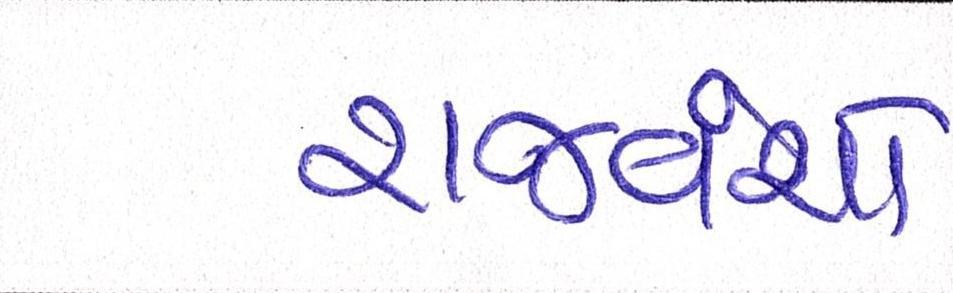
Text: રાજવંશો